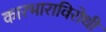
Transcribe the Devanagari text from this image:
कारभाराविरोधी